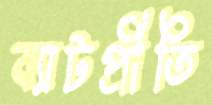
ব্যাটপ্রীতি